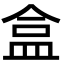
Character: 盒